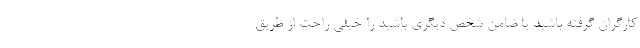
کارگران گرفته باشید یا ضامن شخص دیگری باشید را خیلی راحت از طریق